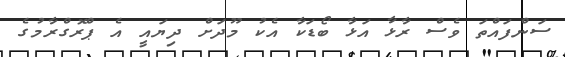
ސަންފައްތަ ވެސް ރާޅާ އަޅާ ބޯޑަކާ އެކު މޫދަށް ދިޔައީ އެ ޕްރޮގްރާމުގެ